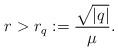
LaTeX: \begin{align*}r > r_q := \frac{\sqrt{|q|}}{\mu}. \end{align*}